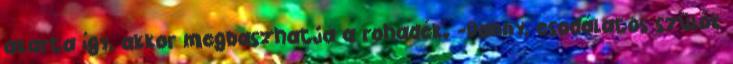
akarta így, akkor megbaszhatja a rohadék. -Danny, csodálatos szülők